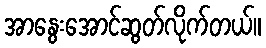
အာနွေးအောင်ဆွတ်လိုက်တယ်။